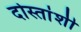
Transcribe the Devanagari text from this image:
दोस्तांशी